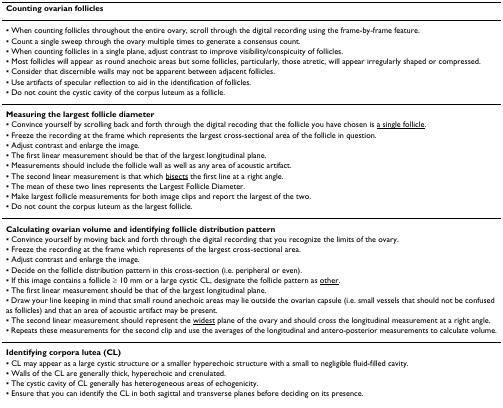
<table><thead><tr><td><b>Counting ovarian follicles</b></td></tr></thead><tbody><tr><td>▪ When counting follicles throughout the entire ovary, scroll through the digital recording using the frame-by-frame feature.</td></tr><tr><td>▪ Count a single sweep through the ovary multiple times to generate a consensus count.</td></tr><tr><td>▪ When counting follicles in a single plane, adjust contrast to improve visibility/conspicuity of follicles.</td></tr><tr><td>▪ Most follicles will appear as round anechoic areas but some follicles, particularly, those atretic, will appear irregularly shaped or compressed.</td></tr><tr><td>▪ Consider that discernible walls may not be apparent between adjacent follicles.</td></tr><tr><td>▪ Use artifacts of specular reflection to aid in the identification of follicles.</td></tr><tr><td>▪ Do not count the cystic cavity of the corpus luteum as a follicle.</td></tr><tr><td><b>Measuring the largest follicle diameter</b></td></tr><tr><td>▪ Convince yourself by scrolling back and forth through the digital recoding that the follicle you have chosen is <underline>a single follicle</underline>.</td></tr><tr><td>▪ Freeze the recording at the frame which represents the largest cross-sectional area of the follicle in question.</td></tr><tr><td>▪ Adjust contrast and enlarge the image.</td></tr><tr><td>▪ The first linear measurement should be that of the largest longitudinal plane.</td></tr><tr><td>▪ Measurements should include the follicle wall as well as any area of acoustic artifact.</td></tr><tr><td>▪ The second linear measurement is that which <underline>bisects</underline> the first line at a right angle.</td></tr><tr><td>▪ The mean of these two lines represents the Largest Follicle Diameter.</td></tr><tr><td>▪ Make largest follicle measurements for both image clips and report the largest of the two.</td></tr><tr><td>▪ Do not count the corpus luteum as the largest follicle.</td></tr><tr><td><b>Calculating ovarian volume and identifying follicle distribution pattern</b></td></tr><tr><td>▪ Convince yourself by moving back and forth through the digital recording that you recognize the limits of the ovary.</td></tr><tr><td>▪ Freeze the recording at the frame which represents of the largest cross-sectional area.</td></tr><tr><td>▪ Adjust contrast and enlarge the image.</td></tr><tr><td>▪ Decide on the follicle distribution pattern in this cross-section (i.e. peripheral or even).</td></tr><tr><td>▪ If this image contains a follicle ≥ 10 mm or a large cystic CL, designate the follicle pattern as <underline>other</underline>.</td></tr><tr><td>▪ The first linear measurement should be that of the largest longitudinal plane.</td></tr><tr><td>▪ Draw your line keeping in mind that small round anechoic areas may lie outside the ovarian capsule (i.e. small vessels that should not be confused as follicles) and that an area of acoustic artifact may be present.</td></tr><tr><td>▪ The second linear measurement should represent the <underline>widest</underline> plane of the ovary and should cross the longitudinal measurement at a right angle.</td></tr><tr><td>▪ Repeats these measurements for the second clip and use the averages of the longitudinal and antero-posterior measurements to calculate volume.</td></tr><tr><td><b>Identifying corpora lutea (CL)</b></td></tr><tr><td>▪ CL may appear as a large cystic structure or a smaller hyperechoic structure with a small to negligible fluid-filled cavity.</td></tr><tr><td>▪ Walls of the CL are generally thick, hyperechoic and crenulated.</td></tr><tr><td>▪ The cystic cavity of CL generally has heterogeneous areas of echogenicity.</td></tr><tr><td>▪ Ensure that you can identify the CL in both sagittal and transverse planes before deciding on its presence.</td></tr></tbody></table>